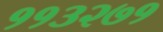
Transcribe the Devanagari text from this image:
११३२७१